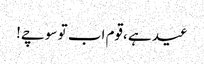
عید ہے ،قوم اب تو سوچے!